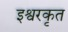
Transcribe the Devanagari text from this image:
इश्वरकृत